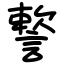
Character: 𧫷